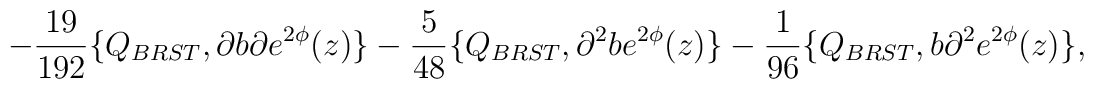
-\frac{19}{192}\{Q_{BRST}, \partial b\partial e^{2\phi}(z)\}-\frac{5}{48}\{Q_{BRST}, \partial^{2} be^{2\phi}(z)\}-\frac{1}{96}\{Q_{BRST}, b\partial ^{2}e^{2\phi}(z)\} ,